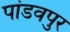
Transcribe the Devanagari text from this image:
पांडवपुर